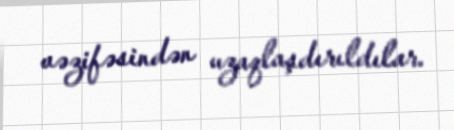
vəzifəsindən uzaqlaşdırıldılar.